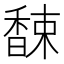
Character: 𲋮